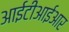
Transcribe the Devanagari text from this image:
आईटीआईआर